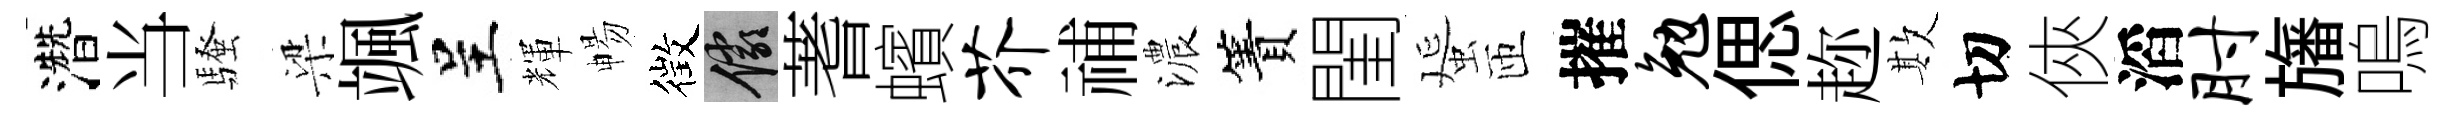
濳当騷梁颯呈輝暢徴儼蓍蠙芥𥙷濃簀閨蜑匝摧勉偲趂欺切俠滔肘旛嗚